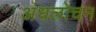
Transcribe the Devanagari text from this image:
अंधलोचन